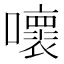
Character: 𡃩